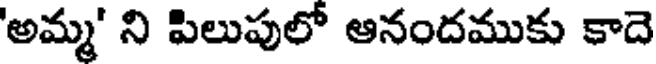
'అమ్మ' ని పిలుపులో ఆనందముకు కాదె